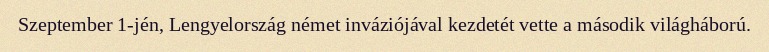
Szeptember 1-jén, Lengyelország német inváziójával kezdetét vette a második világháború.